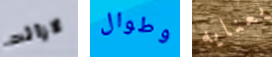
لازالت وطوال بعنايه